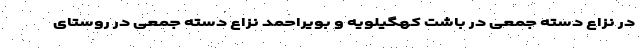
در نزاع دسته جمعی در باشت کهگیلویه و بویراحمد نزاع دسته جمعی در روستای